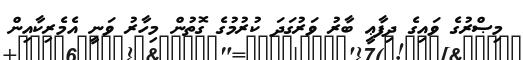
މިޞްރުގެ ވައިގެ ދިފާޢީ ބާރު ވަރުގަދަ ކުރުމުގެ ގޮތުން މިހާރު ވަނީ އެމެރިކާއިން